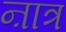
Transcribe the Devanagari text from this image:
ऩात्र